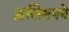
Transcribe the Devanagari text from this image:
ॲलिसनने